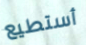
أستطيع